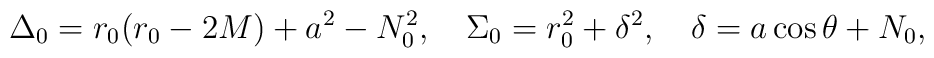
\Delta_0=r_0(r_0-2M) + a^2 - N_0^2,\quad\Sigma_0=r_0^2+\delta^2,\quad \delta =a\cos\theta+N_0,